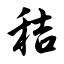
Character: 秸